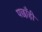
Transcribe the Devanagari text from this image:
पछाँही